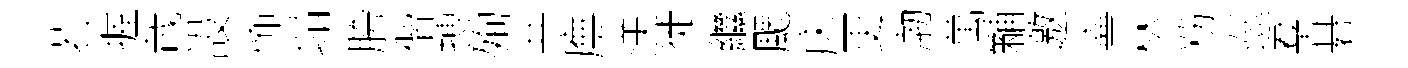
若握哉設怖塌胯偕搏殉共廡渼徙繼颸床更渤萬黼邀寧林粉巡羣碁